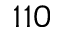
1 1 0